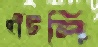
ছাঁটলি